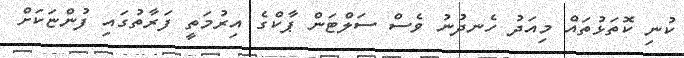
ކުނި ކޮތަޅުތައް މިއަދު ހެނދުނު ވެސް ސަލްޓަން ޕާކްގެ އިރުމަތީ ފަރާތުގައި ފުންޏަކަށް